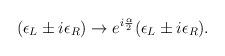
LaTeX: \begin{align*}(\epsilon_L \pm i \epsilon_R) \rightarrow e^{i {\alpha\over 2}} (\epsilon_L \pm i \epsilon_R).\end{align*}